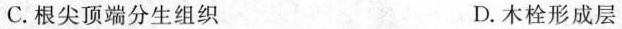
C.根尖顶端分生组织 D.木栓形成层